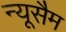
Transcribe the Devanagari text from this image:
न्यूसैम